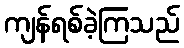
ကျန်ရစ်ခဲ့ကြသည်